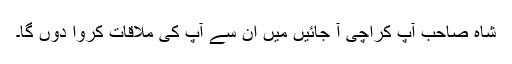
شاہ صاحب آپ کراچی آ جائیں میں ان سے آپ کی ملاقات کروا دوں گا۔